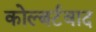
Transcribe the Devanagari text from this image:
कोल्बर्टवाद